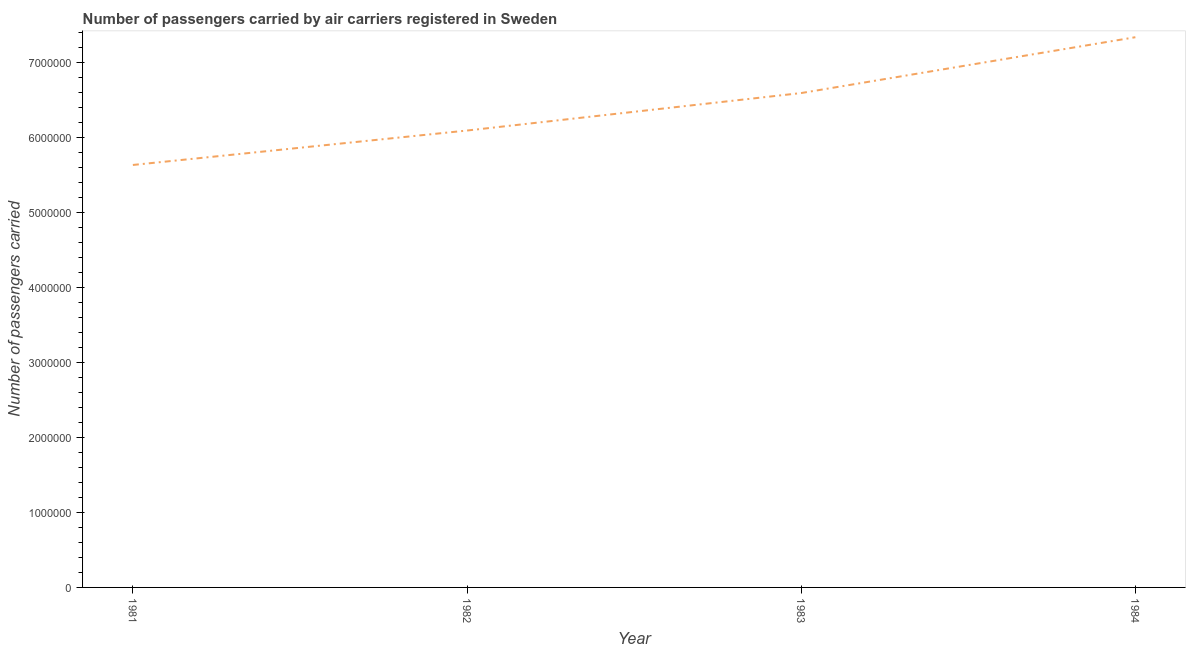
| Year | Air transport |
 | --- | --- |
 | 1981 | 5.63e+06 |
 | 1982 | 6.09e+06 |
 | 1983 | 6.59e+06 |
 | 1984 | 7.34e+06 |